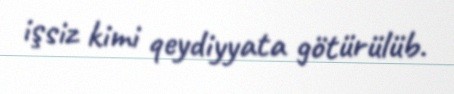
işsiz kimi qeydiyyata götürülüb.